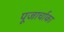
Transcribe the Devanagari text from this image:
पूजार्चाका